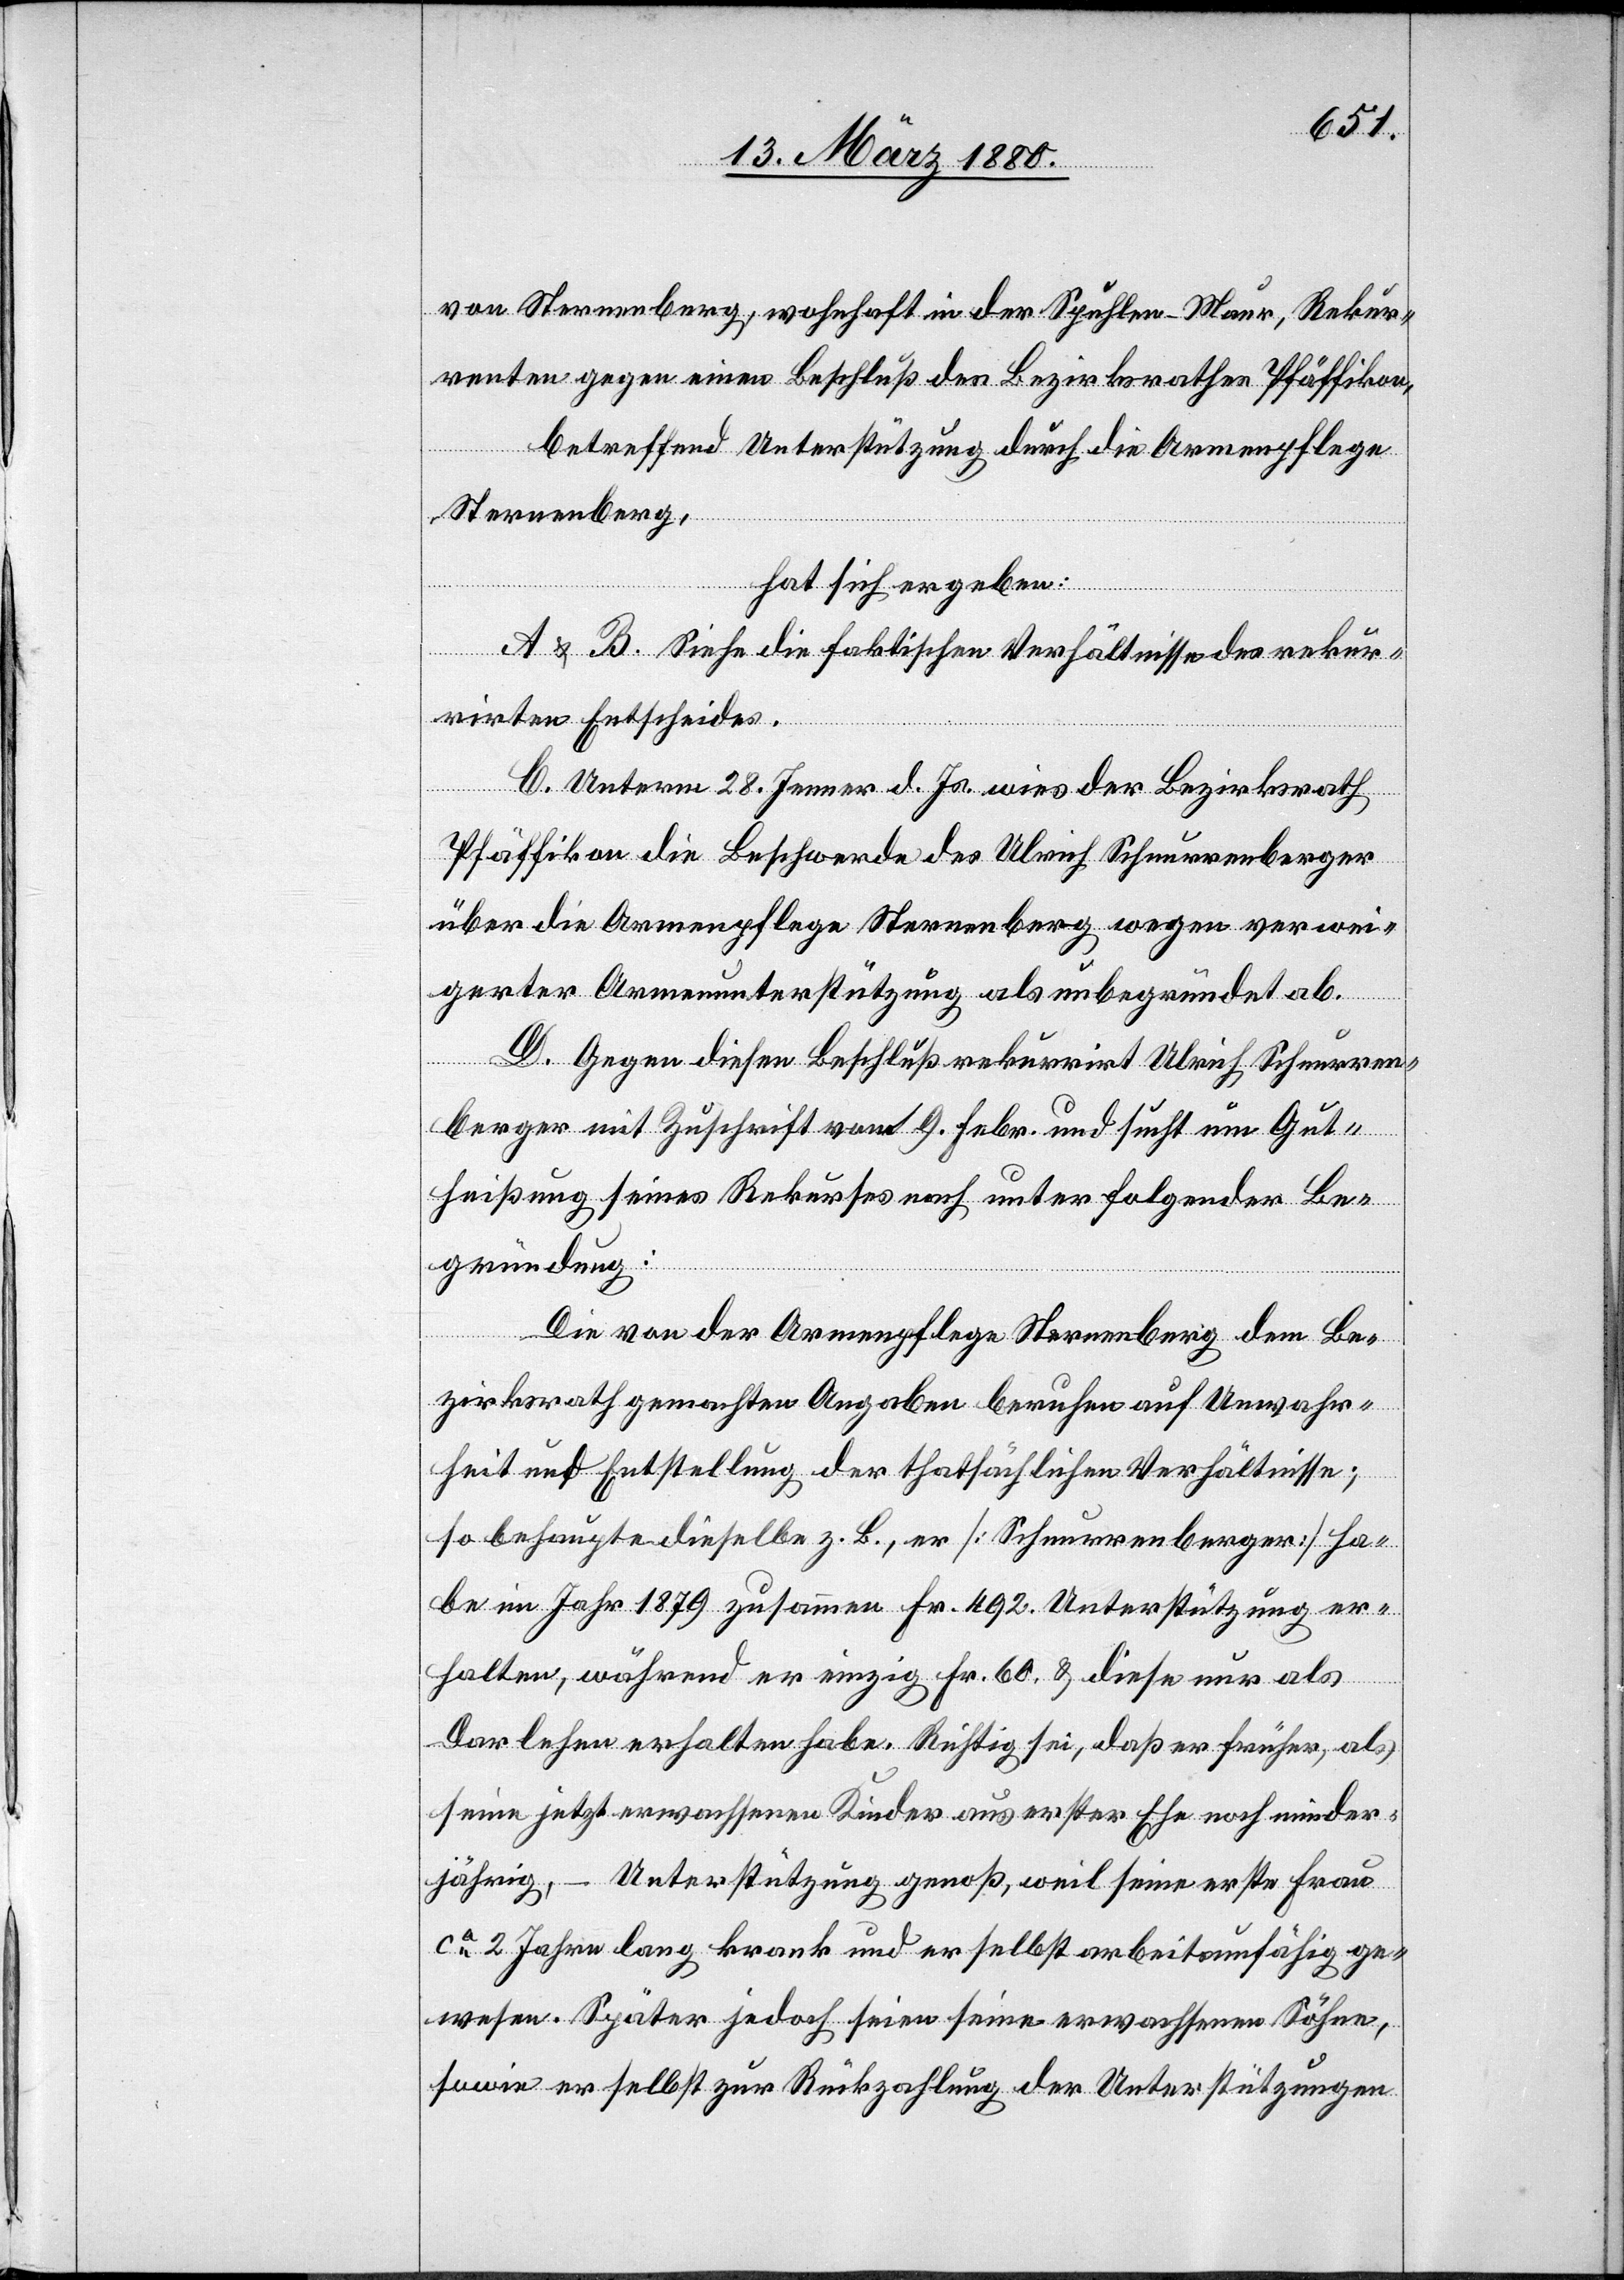
von Sternenberg, wohnhaft in den Spühlen - Maur, Rekur¬
renten gegen einen Beschluß des Bezirksrathes Pfäffikon,
betreffend Unterstützung durch die Armenpflege
Sternenberg,
hat sich ergeben:
A & B. Siehe die faktischen Verhältnisse des rekur¬
rirten Entscheides.
C. Unterm 28. Jenner d. Js. wies der Bezirksrath
Pfäffikon die Beschwerde des Ulrich Schnurrenberger
über die Armenpflege Sternenberg wegen verwei¬
gerter Armenunterstützung als unbegründet ab.
D. Gegen diesen Beschluß rekurrirt Ulrich Schnurren¬
berger mit Zuschrift vom 9. Febr. und sucht um Gut¬
heißung seines Rekurses nach unter folgender Be¬
gründung:
Die von der Armenpflege Sternenberg dem Be¬
zirksrath gemachten Angaben beruhen auf Unwahr¬
heit und Entstellung der thatsächlichen Verhältnisse;
so behaupte dieselbe z. B., er [Schnurrenberger] ha¬
be im Jahr 1879 zusammen Fr. 492. Unterstützung er¬
halten, während er einzig Fr. 60 & diese nur als
Darlehen erhalten habe. Richtig sei, daß er früher, als
seine jetzt erwachsenen Kinder aus erster Ehe noch minder¬
jährig, – Unterstützung genoß, weil seine erste Frau
ca 2 Jahre lang krank und er selbst arbeitsunfähig ge¬
wesen. Später jedoch seien seine erwachsenen Söhne,
sowie er selbst zur Rückzahlung der Unterstützungen